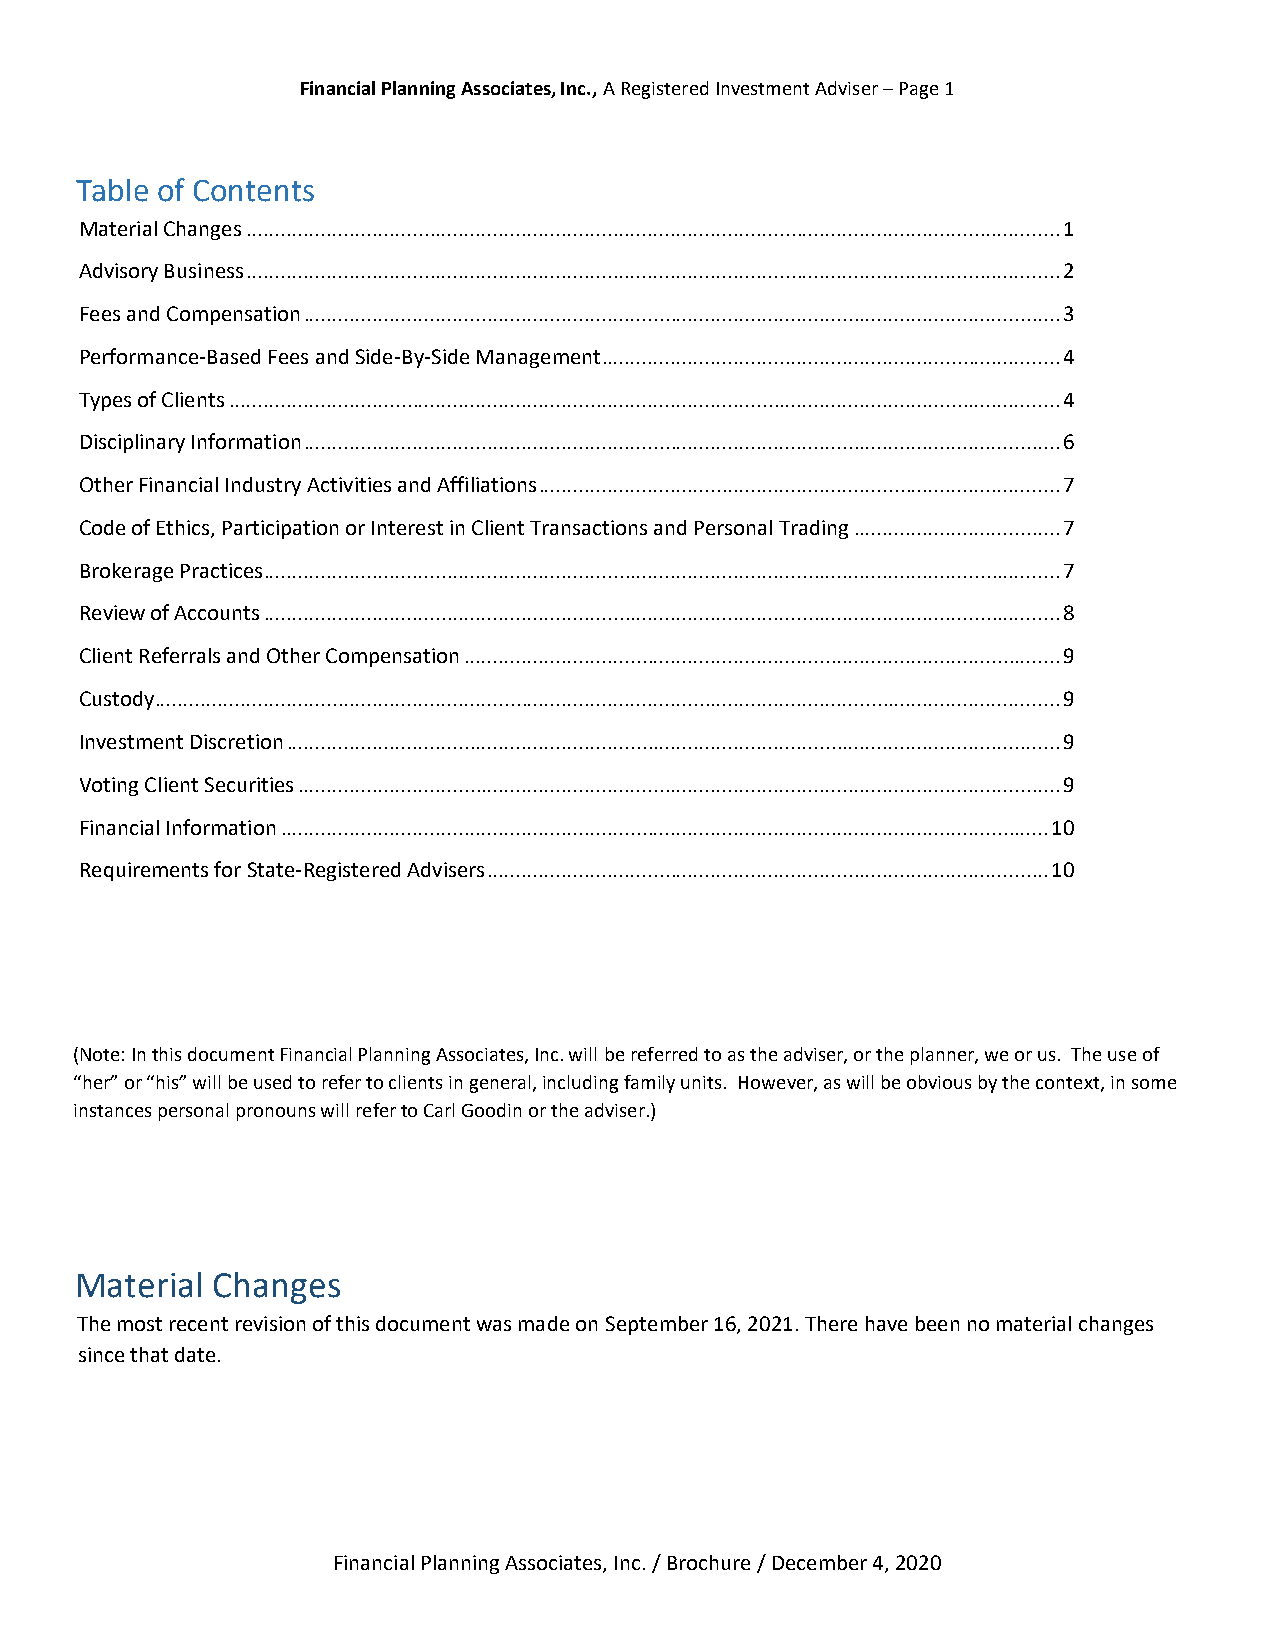
Financial Planning Associates, Inc., A Registered Investment Adviser – Page 1
 Table of Contents
 Material Changes .............................................................................................................................................. 1
 Advisory Business .............................................................................................................................................. 2
 Fees and Compensation .................................................................................................................................... 3
 Performance-Based Fees and Side-By-Side Management ................................................................................ 4
 Types of Clients ................................................................................................................................................. 4
 Disciplinary Information .................................................................................................................................... 6
 Other Financial Industry Activities and Affiliations ........................................................................................... 7
 Code of Ethics, Participation or Interest in Client Transactions and Personal Trading .................................... 7
 Brokerage Practices ........................................................................................................................................... 7
 Review of Accounts ........................................................................................................................................... 8
 Client Referrals and Other Compensation ........................................................................................................ 9
 Custody .............................................................................................................................................................. 9
 Investment Discretion ....................................................................................................................................... 9
 Voting Client Securities ..................................................................................................................................... 9
 Financial Information ...................................................................................................................................... 10
 Requirements for State-Registered Advisers .................................................................................................. 10
 (Note: In this document Financial Planning Associates, Inc. will be referred to as the adviser, or the planner, we or us. The use of
 “her” or “his” will be used to refer to clients in general, including family units. However, as will be obvious by the context, in some
 instances personal pronouns will refer to Carl Goodin or the adviser.)
 Material Changes
 The most recent revision of this document was made on September 16, 2021. There have been no material changes
 since that date.
 Financial Planning Associates, Inc. / Brochure / December 4, 2020